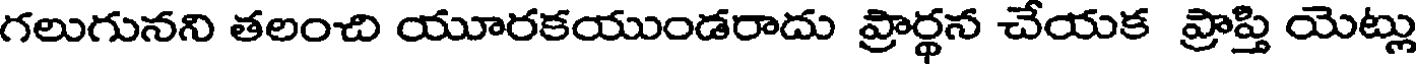
గలుగునని తలంచి యూరకయుండరాదు ప్రార్థన చేయక ప్రాప్తి యెట్లు